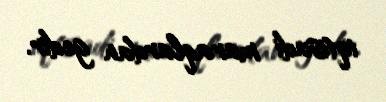
iqtisadi maraqlardan gedir.